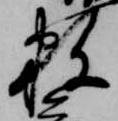
数